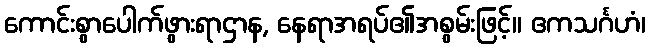
ကောင်းစွာပေါက်ဖွားရာဌာန, နေရာအရပ်၏အစွမ်းဖြင့်။ ဧကသင်္ဂဟံ၊